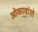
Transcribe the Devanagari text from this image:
ओकावांगो